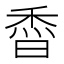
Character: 稥